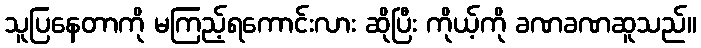
သူပြနေတာကို မကြည့်ရကောင်းလား ဆိုပြီး ကိုယ့်ကို ခဏခဏဆူသည်။